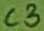
Text: C3